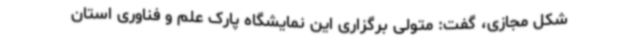
شکل مجازی، گفت: متولی برگزاری این نمایشگاه پارک علم و فناوری استان